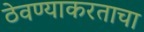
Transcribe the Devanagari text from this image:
ठेवण्याकरताचा